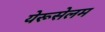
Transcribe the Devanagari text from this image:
येरूसेलम